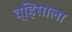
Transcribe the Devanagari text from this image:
व्हिसाला